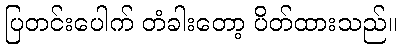
ပြတင်းပေါက် တံခါးတော့ ပိတ်ထားသည်။